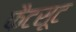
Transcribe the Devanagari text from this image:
फैटसूट